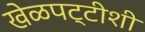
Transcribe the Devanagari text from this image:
खेळपट्टीशी